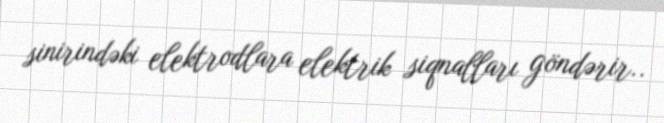
sinirindəki elektrodlara elektrik siqnalları göndərir..